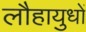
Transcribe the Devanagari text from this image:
लौहायुधों